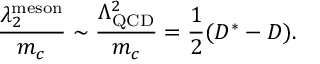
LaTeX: { \frac { \lambda _ { 2 } ^ { \mathrm { m e s o n } } } { m _ { c } } } \sim { \frac { \Lambda _ { \mathrm { Q C D } } ^ { 2 } } { m _ { c } } } = \frac 1 2 ( D ^ { * } - D ) .